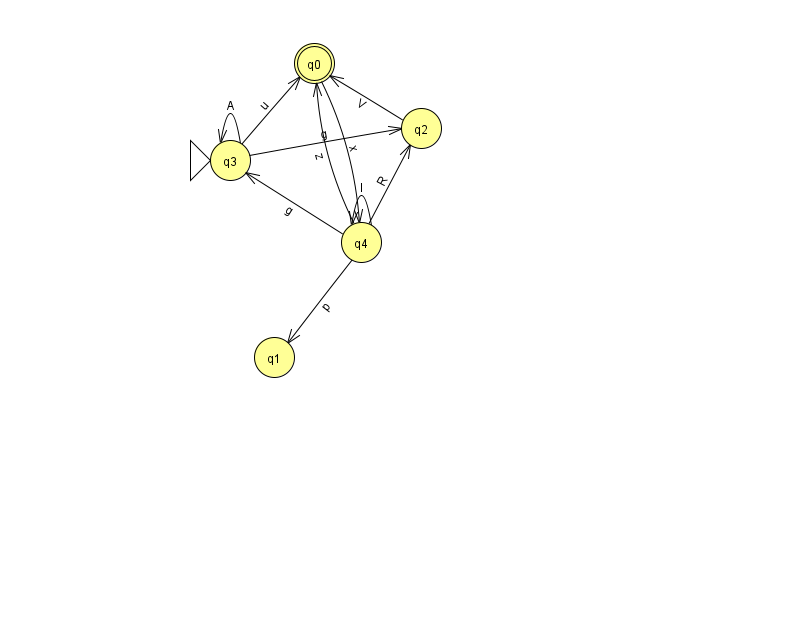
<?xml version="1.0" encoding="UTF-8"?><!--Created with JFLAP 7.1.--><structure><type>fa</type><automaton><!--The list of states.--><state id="0" name="q0"><x>314.0</x><y>50.0</y><final/></state><state id="1" name="q1"><x>274.0</x><y>344.0</y></state><state id="2" name="q2"><x>421.0</x><y>115.0</y></state><state id="3" name="q3"><x>230.0</x><y>147.0</y><initial/></state><state id="4" name="q4"><x>361.0</x><y>229.0</y></state><!--The list of transitions.--><transition><from>4</from><to>2</to><read>R</read></transition><transition><from>3</from><to>3</to><read>A</read></transition><transition><from>3</from><to>2</to><read>g</read></transition><transition><from>2</from><to>0</to><read>V</read></transition><transition><from>3</from><to>0</to><read>u</read></transition><transition><from>4</from><to>3</to><read>g</read></transition><transition><from>4</from><to>0</to><read>z</read></transition><transition><from>4</from><to>4</to><read>I</read></transition><transition><from>0</from><to>4</to><read>x</read></transition><transition><from>4</from><to>1</to><read>p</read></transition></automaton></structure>